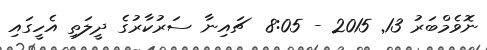
ނޮވެމްބަރު 13